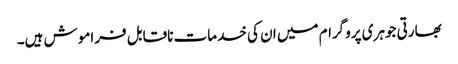
بھارتی جوہری پروگرام میں ان کی خدمات ناقابل فراموش ہیں۔